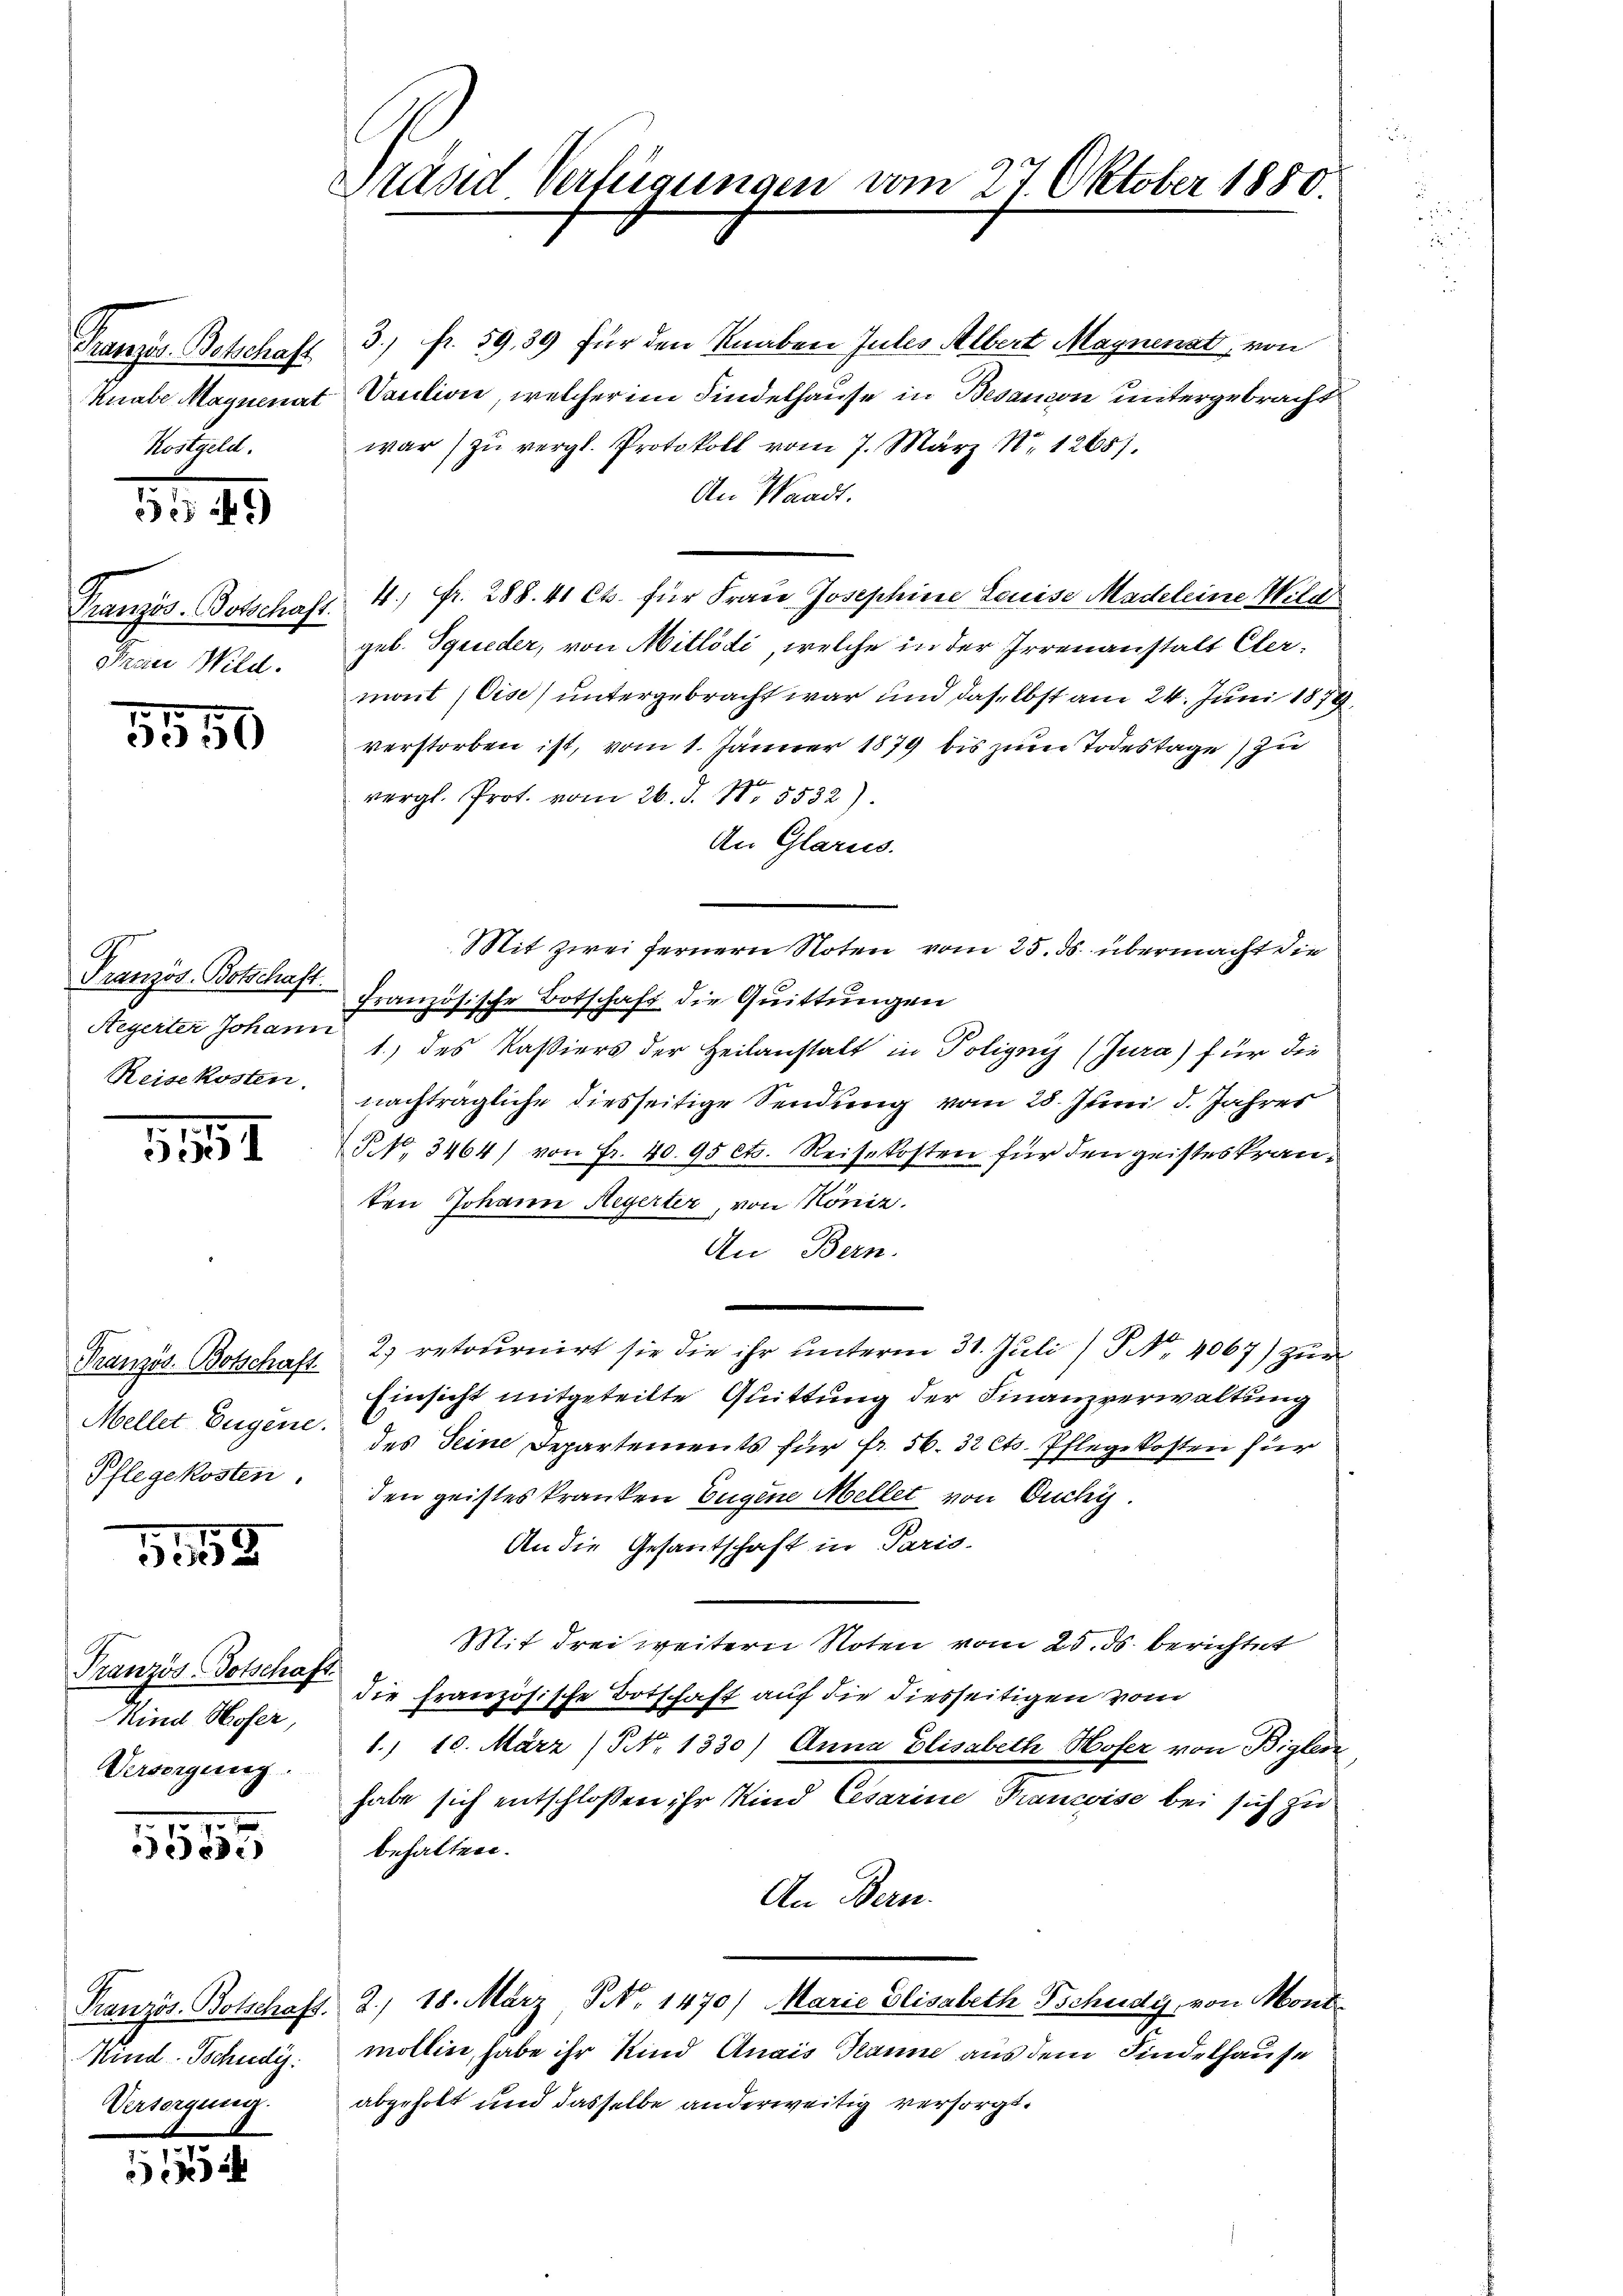
Franzis Botschaft
Knabe Maynenat
Kostgeld.
549
Französ. Botschaft.
Frau Wild.

5550

Französ. Botschaft.
Heyerter Johann
Reisekosten.

111

Pranzös. Botschaft.
Mellet Eugene.
Pflegekosten.

1152

Pranzös. Botschaft.
Mind Hofer,
Versorgung

1555

Französ. Botschaft.
id-Schuldi
Versorgung.

1

Präsid Verfügungen vom 27 Oktober 1880

3) fr. 59, 39 für den Knaben Jules Albert Maynenat, von
Vention, welcher im Findelhause in Besandon untergebracht
war zŭ vergl. Protokoll vom 7. März. Nr. 12651.
An Waadt.
4., Fr. 288. 41 Cts. für Frau Josephine Louise Madeleine Wilde
geb. Sgrieder, von Mitlödi, welche in der Irrenanstalt Clermont (Gise) untergebracht war und daselbst am 24. Juni 1879.
verstorben ist, vom 1. Jänner 1879 bis zum Todestage) zu
vergl. Prof. vom 26. d. 1. 5532).
An Glarus.
Mit zwei fernern Noten vom 25. ds. übermacht die
Französische Botschaft die Quittungen
1.) des Kassiers der Heilanstalt in Polignys (Jura) für die
nachträgliche diesseitige Sendung vom 28. Juni d. Jahres
NNo. 3464) von Fr. 40. 95 cts. Reisekosten für den geisteskranten Johann Hegerter, von Nöniz.
An Bern.
2) retournirt sie die ihr ŭnterm 31. Juli/P. Nr. 4067) zur
Einsicht mitgeteilte Quittung der Finanzverwaltung
des Seine Departements für fr. 56. 32 Cts. Pflegekosten für
den geistes kranken Eugene Mellet von Ouchy.
An die Gesantschaft in Paris.
Mit drei weitern Noten vom 25. ds. berichtet
die französische Botschaft auf die diesseitigen vom
1. 10. März (5 No 1330) Anna Elisabeth Hofer von Biglen
habe sich entschlossen ihr Kind Cesarine Trancise bei sich zu
behalten.
An Bern.
2., 18. März S. 1470) Marie Elisabeth, Tschudy, von Mont
mollin, habe ihr Kind Anais anne aus dem Findelhause
abgeholt und dasselbe anderweitig versorgt.